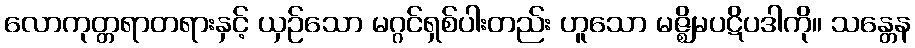
လောကုတ္တရာတရားနှင့် ယှဉ်သော မဂ္ဂင်ရှစ်ပါးတည်း ဟူသော မဇ္ဈိမပဋိပဒါကို။ သန္တေန